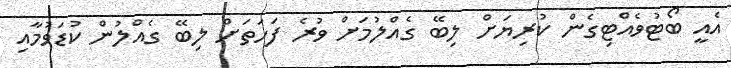
އެއީ ބޯޓުވެއްޓިގެން ކުރިޔަށް ލިބޭ ގެއްލުމަށް ވުރެ ފަހަތަށް ލިބޭ ގެއްލުން ކުޑަވުމާއި